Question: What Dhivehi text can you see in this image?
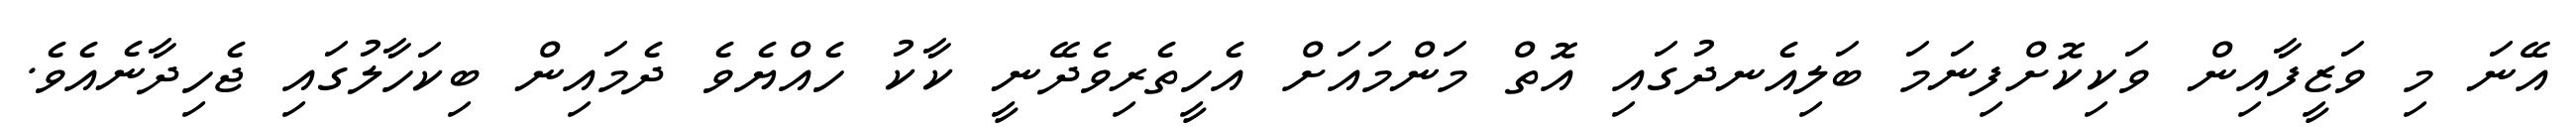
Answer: އޭނަ މި ވަޒީފާއިން ވަކިކޮށްފިނަމަ ބަލިއެނދުގައި އޮތް މަންމައަށް އެހީތެރިވެދޭނީ ކާކު ހެއްޔެވެ ދެމައިން ބިކަހާލުގައި ޖެހިދާނެއެވެ.